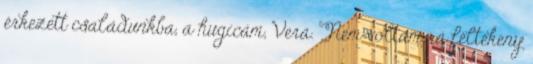
érkezett családunkba, a hugicám, Vera. Nem voltam rá féltékeny